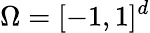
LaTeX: \Omega=[-1,1]^{d}